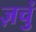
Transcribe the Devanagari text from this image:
ज़चुं